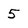
Character: 5